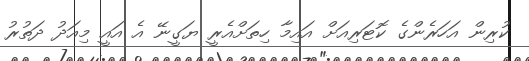
ކުރިން އަހަރެންގެ ކޮޓަރިއަށް އައިމާ ހިތަށްއެރީ ޔަގީނޭ އެ އައީ މިއަދު ދަތުރު